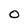
Character: O